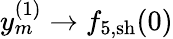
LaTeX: y_{m}^{(1)}\to{f}_{5,\mathrm{sh}}(0)